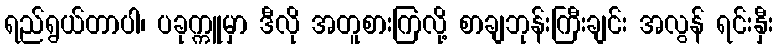
ရည်ရွယ်တာပါ၊ ပခုက္ကူမှာ ဒီလို အတူစားကြလို့ စာချဘုန်းကြီးချင်း အလွန် ရင်းနှီး